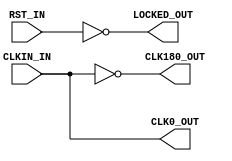
module x_s3e_dcm (
	input  wire CLKIN_IN,		 //
	input  wire RST_IN,			 //
	output wire CLK0_OUT,		 //
	output wire CLK180_OUT,		 //
	output wire LOCKED_OUT		 //
);

	/**********  **********/
	assign CLK0_OUT	  = CLKIN_IN;
	assign CLK180_OUT = ~CLKIN_IN;
	assign LOCKED_OUT = ~RST_IN;

endmodule